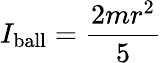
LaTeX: I_{\mathrm{ball}}={\frac{2mr^{2}}{5}}